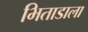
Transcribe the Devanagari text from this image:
भिताडाला